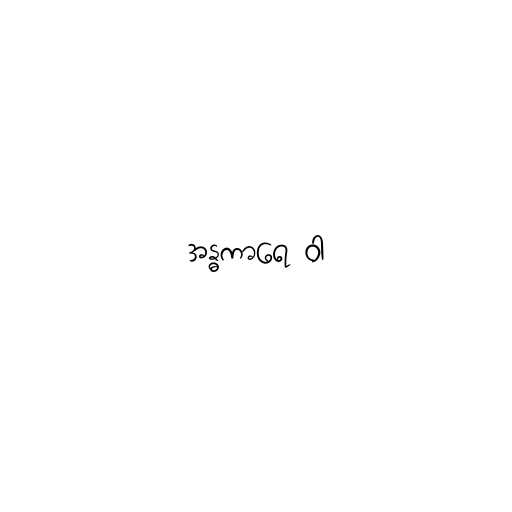
အန္ဓကာရေ ဝါ